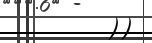
))